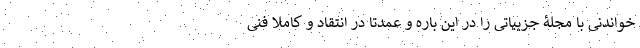
خواندنی با مجلۀ جزییاتی را در این باره و عمدتا در انتقاد و کاملا فنی